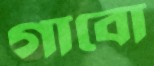
গাবো